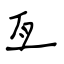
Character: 亙